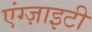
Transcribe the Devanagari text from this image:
एंग्ज़ाइटी